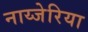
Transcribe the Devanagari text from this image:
नाय्जेरिया